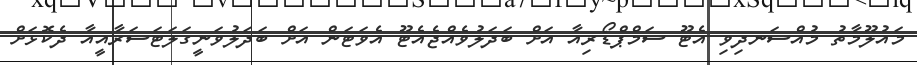
މައުލޫމާތު މުއްސަނދިވި އެޓޫ ސަމްޕްޑޯރިއާ އަށް ބަދަލުވެއްޖެއެޓޫ އެވަޓަން އަށް ބަދަލުވަނީގަލަޓަސަރާއީއާ ދެކޮޅަށް